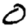
Digit: 0